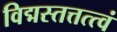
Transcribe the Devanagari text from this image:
विद्मस्तत्तत्त्वं